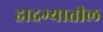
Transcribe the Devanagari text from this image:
हादग्यातील